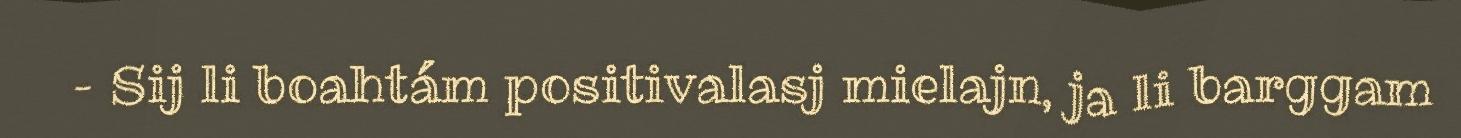
– Sij li boahtám positivalasj mielajn, ja li barggam